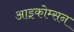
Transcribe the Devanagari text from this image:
आइकोम्सन